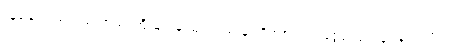
လှူဒါန်းသည့်အဖွဲ့အစည်းကြီးများနှင့်မတူသည်မှာ ဂိတ်စ်သည် ငွေကြေး လှူဒါန်းရာတွင်